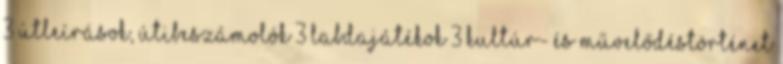
3 Útleírások, útibeszámolók 3 Labdajátékok 3 Kultúr- és művelődéstörténet